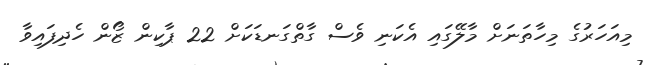
މިއަހަރުގެ މިހާތަނަށް މާލޭގައި އެކަނި ވެސް ގާތްގަނޑަކަށް 22 ޕާކިން ޒޯން ހެދިފައިވާ